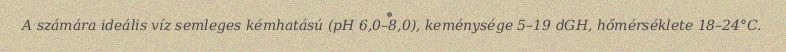
A számára ideális víz semleges kémhatású (pH 6,0–8,0), keménysége 5–19 dGH, hőmérséklete 18–24°C.